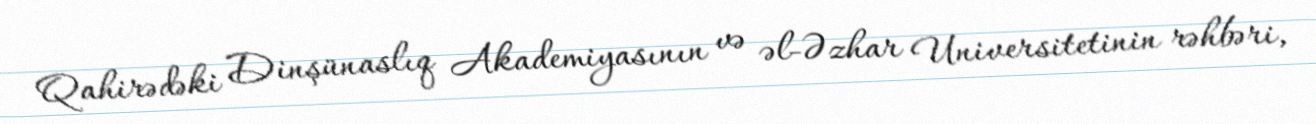
Qahirədəki Dinşünaslıq Akademiyasının və əl-Əzhar Universitetinin rəhbəri,